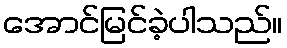
အောင်မြင်ခဲ့ပါသည်။